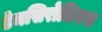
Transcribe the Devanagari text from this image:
टेमसिरोलिमस